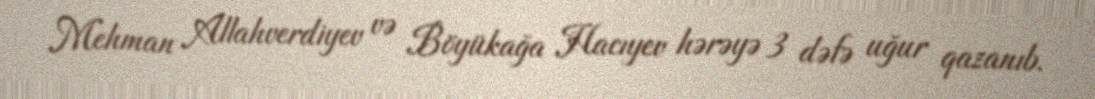
Mehman Allahverdiyev və Böyükağa Hacıyev hərəyə 3 dəfə uğur qazanıb.